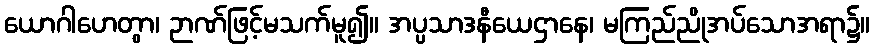
ယောဂါဟေတွာ၊ ဉာဏ်ဖြင့်မသက်မူ၍။ အပ္ပသာဒနီယေဌာနေ၊ မကြည်ညိုအပ်သောအရာ၌။